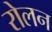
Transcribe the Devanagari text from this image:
रोलन